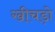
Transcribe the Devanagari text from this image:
खीचड़ो